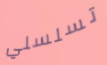
تسلسلي